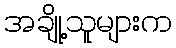
အချို့သူများက